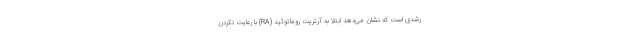
رشدی است که نشان می‌دهد ابتلا به آرتریت روماتوئید (RA) با رعایت نکردن